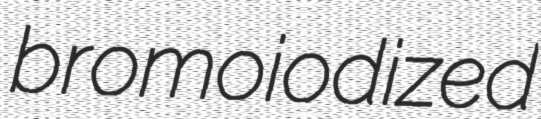
bromoiodized